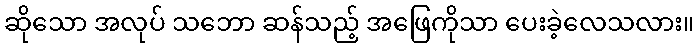
ဆိုသော အလုပ် သဘော ဆန်သည့် အဖြေကိုသာ ပေးခဲ့လေသလား။